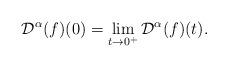
LaTeX: \begin{align*}\mathcal{D}^{\alpha}(f)(0)=\lim_{t\rightarrow0^{+}}\mathcal{D}^{\alpha}(f)(t).\end{align*}